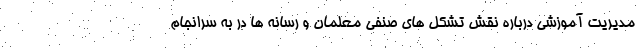
مدیریت آموزشی درباره نقش تشکل های صنفی معلمان و رسانه ها در به سرانجام